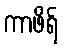
ကာဖိရ်